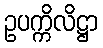
ဥပက္ကိလိဋ္ဌာ